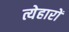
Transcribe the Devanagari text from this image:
त्येहारों